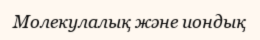
Молекулалық және иондық